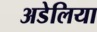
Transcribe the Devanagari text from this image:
अडेलिया